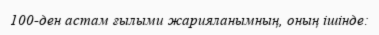
100-ден астам ғылыми жарияланымның, оның ішінде: